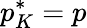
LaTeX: p_{K}^{*}=p